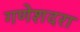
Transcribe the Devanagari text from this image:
गणेशदरा